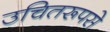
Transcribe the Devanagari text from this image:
उचितरूपसे